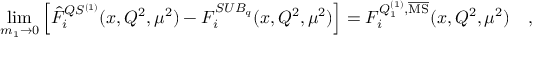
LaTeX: \operatorname * { l i m } _ { m _ { 1 } \to 0 } \left[ { \hat { { \cal F } } } _ { i } ^ { Q S ^ { ( 1 ) } } ( x , Q ^ { 2 } , \mu ^ { 2 } ) - { \cal F } _ { i } ^ { S U B _ { q } } ( x , Q ^ { 2 } , \mu ^ { 2 } ) \right] = { \cal F } _ { i } ^ { Q _ { 1 } ^ { ( 1 ) } , \overline { { \mathrm { { { M S } } } } } } ( x , Q ^ { 2 } , \mu ^ { 2 } ) \ \ \ ,